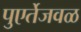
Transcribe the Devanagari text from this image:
पुएर्तेजवळ